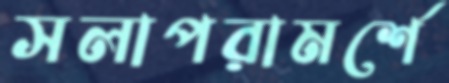
সলাপরামর্শে